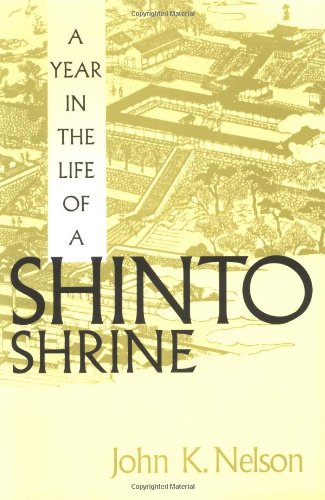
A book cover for A Year in the Life of a Shinto Shrine; John Nelson; Religion & Spirituality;